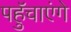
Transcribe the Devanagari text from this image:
पहुॅचाएंगे